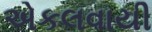
એકલવાયી